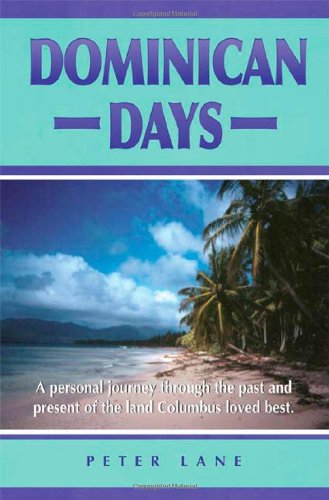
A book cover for Dominican Days; Peter Lane; Travel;